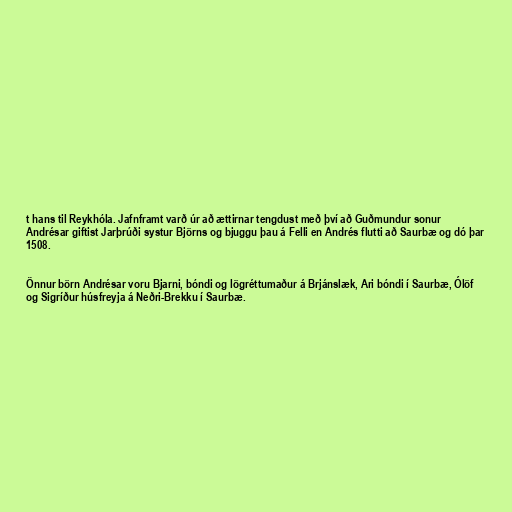
t hans til Reykhóla. Jafnframt varð úr að ættirnar tengdust með því að Guðmundur sonur
Andrésar giftist Jarþrúði systur Björns og bjuggu þau á Felli en Andrés flutti að Saurbæ og dó þar
1508.

Önnur börn Andrésar voru Bjarni, bóndi og lögréttumaður á Brjánslæk, Ari bóndi í Saurbæ, Ólöf
og Sigríður húsfreyja á Neðri-Brekku í Saurbæ.